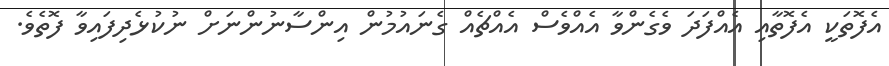
އެފޮތަކީ އެފޮތާއި އެއްފަދަ ވެގެންވާ އެއްވެސް އެއްޗެއް ގެނައުމުން އިންސާނުންނަށް ނުކުޅެދިފައިވާ ފޮތެވެ.